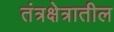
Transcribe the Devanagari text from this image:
तंत्रक्षेत्रातील